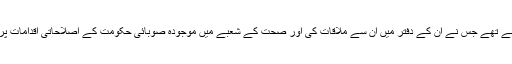
وہ گزشتہ روز پشاور میں ڈاکٹروں کی تنظیم کے ایک وفد سے گفتگو کررہے تھے جس نے اُن کے دفتر میں اُن سے ملاقات کی اور صحت کے شعبے میں موجودہ صوبائی حکومت کے اصلاحاتی اقدامات پر عملدرآمد اور اس سلسلے میں ڈاکٹر برادری کے کردار پر تبادلہ خیال کیا ۔